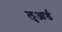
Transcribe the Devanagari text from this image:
लुआर्ड